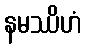
နမဿိဟံ